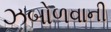
ઝબોળવાની